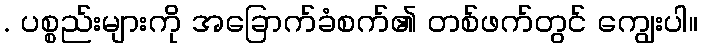
. ပစ္စည်းများကို အခြောက်ခံစက်၏ တစ်ဖက်တွင် ကျွေးပါ။